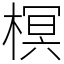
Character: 榠